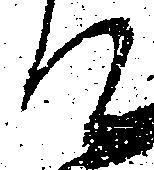
て